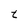
Character: t